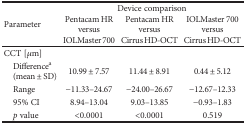
<table><thead><tr><td rowspan="2"><b>Parameter</b></td><td colspan="3"><b>Device comparison</b></td></tr><tr><td><b>Pentacam HR versus IOLMaster 700</b></td><td><b>Pentacam HR versus Cirrus HD-OCT</b></td><td><b>IOLMaster 700 versus Cirrus HD-OCT</b></td></tr></thead><tbody><tr><td colspan="4">CCT [<i>μ</i>m]</td></tr><tr><td> Difference<sup>a</sup>(mean ± SD)</td><td>10.99 ± 7.57</td><td>11.44 ± 8.91</td><td>0.44 ± 5.12</td></tr><tr><td> Range</td><td>−11.33–24.67</td><td>−24.00–26.67</td><td>−12.67–12.33</td></tr><tr><td> 95% CI</td><td>8.94–13.04</td><td>9.03–13.85</td><td>−0.93–1.83</td></tr><tr><td> <i>p</i> value</td><td>&lt;0.0001</td><td>&lt;0.0001</td><td>0.519</td></tr></tbody></table>